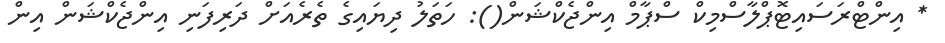
* އިންޓްރަސައިޓޮޕްލާސްމިކް ސްޕާމް އިންޖެކްޝަން(): ހަތަލު ދިޔައިގެ ތެރެއަށް ދަރިފަނި އިންޖެކްޝަން އިން